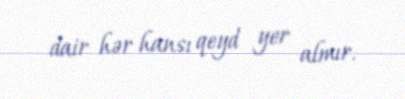
dair hər hansı qeyd yer almır.